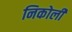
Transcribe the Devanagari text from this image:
निकोली